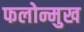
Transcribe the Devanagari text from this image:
फलोन्मुख